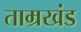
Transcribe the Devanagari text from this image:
ताम्रखंड